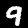
Digit: 9